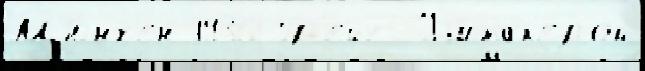
М'ю́нх'ен 1936 Гр'ейс Уjитак'ером